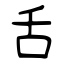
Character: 舌